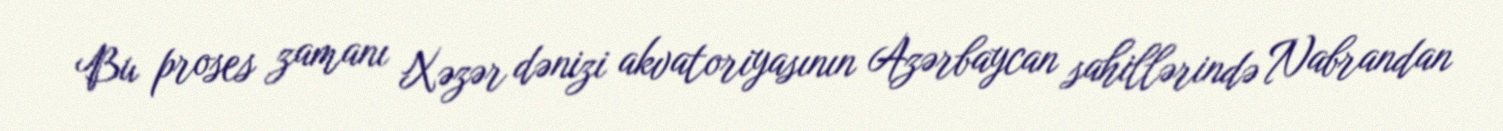
Bu proses zamanı Xəzər dənizi akvatoriyasının Azərbaycan sahillərində Nabrandan